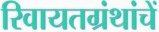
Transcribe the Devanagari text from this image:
रिवायतग्रंथांचें